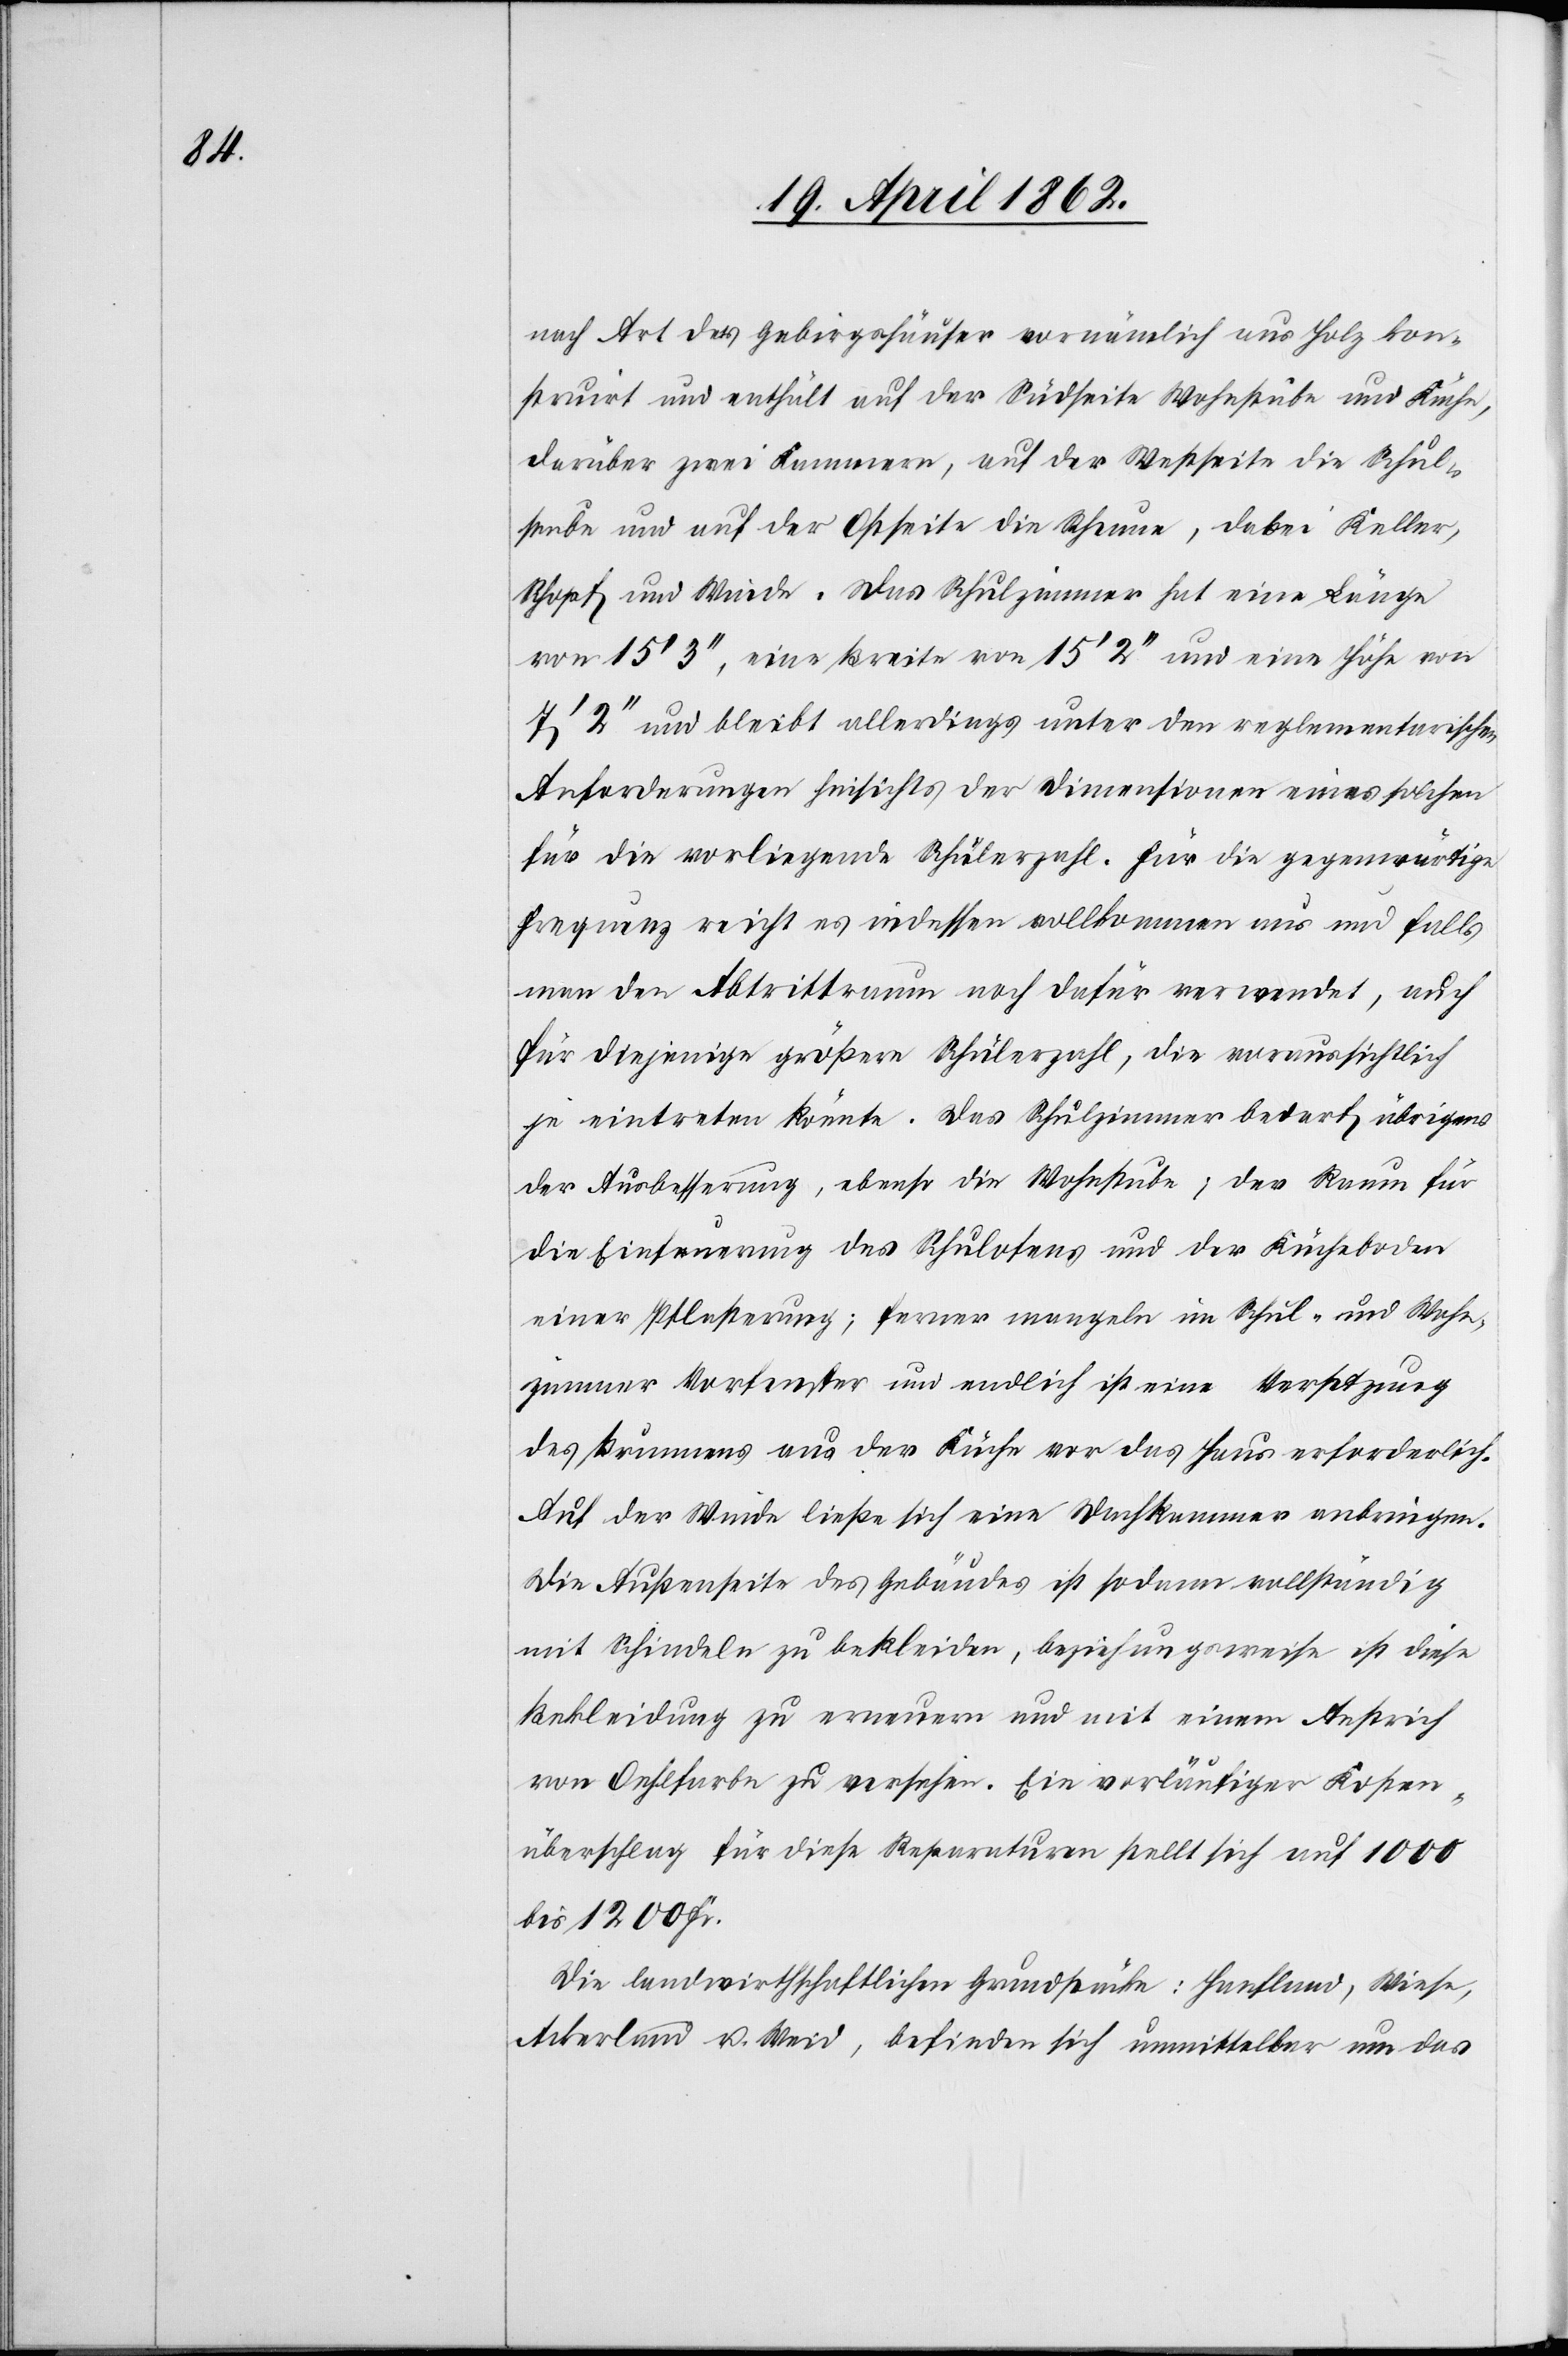
nach Art der Gebirgshäuser vornämlich aus Holz kon¬
struirt und enthält auf der Südseite Wohnstube und Küche,
darüber zwei Kammern, auf der Westseite die Schul¬
stube und auf der Ostseite die Scheune, dabei Keller,
Schopf und Weide. Das Schulzimmer hat eine Länge
von 15’ 3’’. eine Breite von 15’ 2’’ und eine Höhe von
7’ 2’’ und bleibt allerdings unter den reglementarischen
Anforderungen hinsichts der Dimensionen eines solchen
für die vorliegende Schülerzahl. Für die gegenwärtige
Frequenz reicht es indessen vollkommen aus und falls
man den Abtrittraum noch dafür verwendet, auch
für diejenige größere Schülerzahl, die voraussichtlich
je eintreten könnte. Das Schulzimmer bedarf übrigens
der Ausbesserung, ebenso die Wohnstube; der Raum für
die Einfeuerung des Schulofens und der Kücheboden
einer Pflasterung; ferner mangeln im Schul- und Wohn¬
zimmer Vorfenster und endlich ist eine Versetzung
des Brunnens aus der Küche vor das Haus erforderlich.
Auf der Winde ließe sich eine Dachkammer anbringen.
Die Außenseite des Gebäudes ist sodann vollständig
mit Schindeln zu bekleiden, beziehungsweise ist diese
Bekleidung zu erneuern und mit einem Anstrich
von Oehlfarbe zu versehen. Ein vorläufiger Kosten¬
überschlag für diese Reparaturen stellt sich auf 1000
bis 1200 Fr.
Die landwirtschaftlichen Grundstücke: Hanfland, Wiese,
Ackerland u. Weid, befinden sich unmittelbar um das